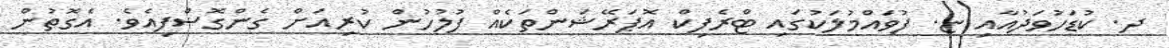
ދ. ކުޑަހުވަދުއާއި ޏ. ފުވައްމުލަކުގައި ޓްރެފިކް އޮޕަރޭޝަންތަކެއް ފުލުހުން ކުރިއަށް ގެންގޮސްފިއެވެ. އެގޮތުން